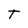
Character: T